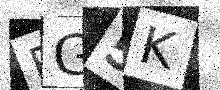
Text: FG5K